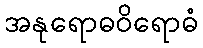
အနုရောဓဝိရောဓံ